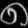
Digit: ၈